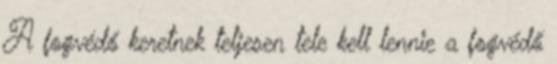
A fogvédő keretnek teljesen tele kell lennie a fogvédő